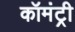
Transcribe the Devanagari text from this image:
कॉमंट्री